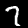
Digit: 7